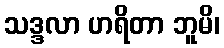
သဒ္ဒလာ ဟရိတာ ဘူမိ၊